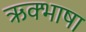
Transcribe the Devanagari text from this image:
ऋक्भाषा